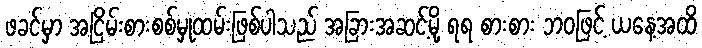
ဖခင်မှာ အငြိမ်းစားစစ်မှုထမ်းဖြစ်ပါသည် အခြားအဆင့်မို့ ရရ စားစား ဘဝဖြင့် ယနေ့အထိ